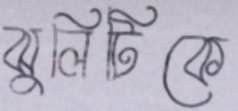
ঝুলিটিকে